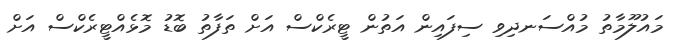
މައުލޫމާތު މުއްސަނދިވި ސިފައިން އަތުން ޓީރެކްސް އަށް ތަފާތު ބޮޑު މޮޅެއްޓީރެކްސް އަށް